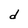
Character: d